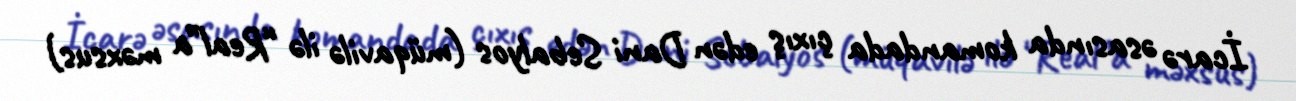
İcarə əsasında komandada çıxış edən Dani Sebalyos (müqavilə ilə “Real”a məxsus)